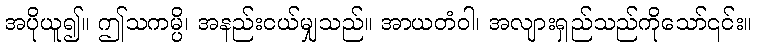
အပိုယူ၍။ ဤသကမ္ပိ၊ အနည်းငယ်မျှသည်။ အာယတံဝါ၊ အလျားရှည်သည်ကိုသော်၎င်း။